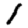
Digit: 1